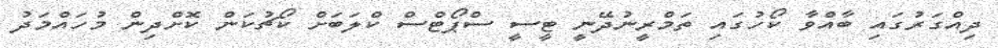
ދިއްގަރުގައި ބާއްވާ ކޯހުގައި ތަމްރީނުދޭނީ ޓީސީ ސްޕޯޓްސް ކްލަބަށް ކޯޗުކަން ކޮށްދިން މުހައްމަދު